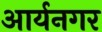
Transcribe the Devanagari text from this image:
आर्यनगर